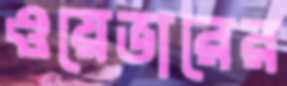
ওয়েভারের